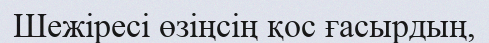
Шежіресі өзіңсің қос ғасырдың,